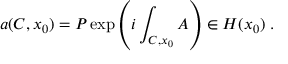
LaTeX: a ( C , x _ { 0 } ) = P \exp \left( i \int _ { C , x _ { 0 } } A \right) \in H ( x _ { 0 } ) \; .